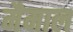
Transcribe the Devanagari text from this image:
मैमाल